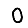
Digit: 0